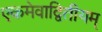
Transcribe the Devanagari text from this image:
एकमेवाद्वितीयम्‌